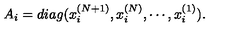
A _ { i } = d i a g ( x _ { i } ^ { ( N + 1 ) } , x _ { i } ^ { ( N ) } , \cdots , x _ { i } ^ { ( 1 ) } ) .